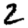
Digit: 2